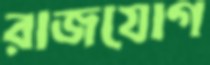
রাজযোগ